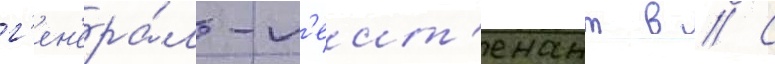
г'ен'ера́л-л'еит'енант в // С